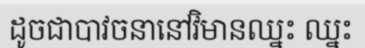
ដូចជាបាវចនានៅវិមានឈ្នះ ឈ្នះ